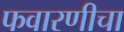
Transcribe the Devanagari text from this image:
फवारणीचा